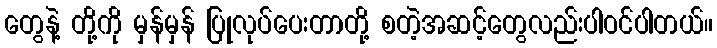
တွေနဲ့ တို့ကို မှန်မှန် ပြုလုပ်ပေးတာတို့ စတဲ့အဆင့်တွေလည်းပါဝင်ပါတယ်။